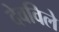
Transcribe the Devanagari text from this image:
देवविले